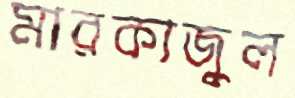
মারকাজুল